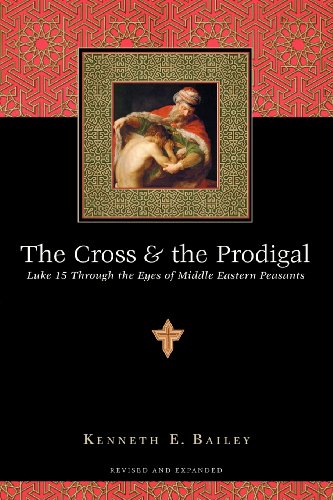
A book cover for The Cross  the Prodigal: Luke 15 Through the Eyes of Middle Eastern Peasants; Kenneth E. Bailey; Christian Books & Bibles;